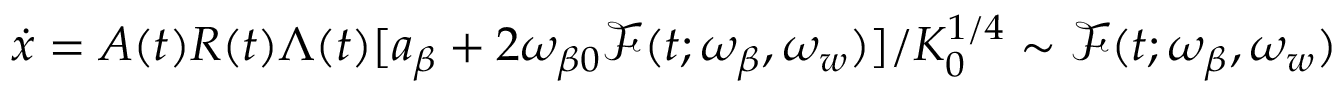
\dot { x } = A ( t ) R ( t ) \Lambda ( t ) [ a _ { \beta } + 2 \omega _ { \beta 0 } \mathcal { F } ( t ; \omega _ { \beta } , \omega _ { w } ) ] / K _ { 0 } ^ { 1 / 4 } \sim \mathcal { F } ( t ; \omega _ { \beta } , \omega _ { w } )